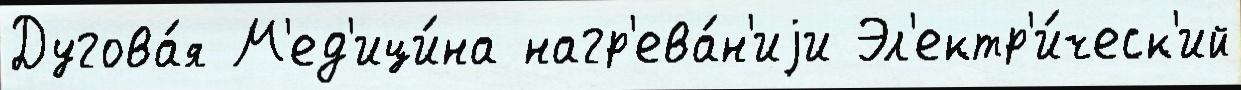
Дугова́я М'ед'ици́на нагр'ева́н'иjи Эл'ектр'и́ческ'ий